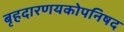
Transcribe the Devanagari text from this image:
बृहदारणयकोपनिषद